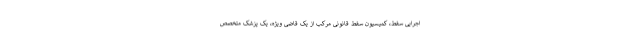
اجرایی سقط، کمیسیون سقط قانونی مرکب از یک قاضی ویژه، یک پزشک متخصص